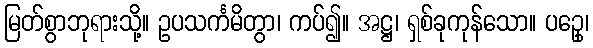
မြတ်စွာဘုရားသို့။ ဥပသင်္ကမိတွာ၊ ကပ်၍။ အဋ္ဌ၊ ရှစ်ခုကုန်သော။ ပဥှေ၊